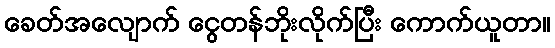
ခေတ်အလျောက် ငွေတန်ဘိုးလိုက်ပြီး ကောက်ယူတာ။